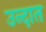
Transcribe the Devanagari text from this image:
उन्दात